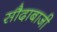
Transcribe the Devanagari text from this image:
सौदाबाजी